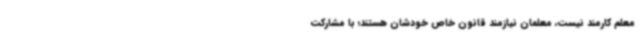
معلم کارمند نیست، معلمان نیازمند قانون خاص خودشان هستند؛ با مشارکت